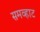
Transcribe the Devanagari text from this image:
समव्हाट